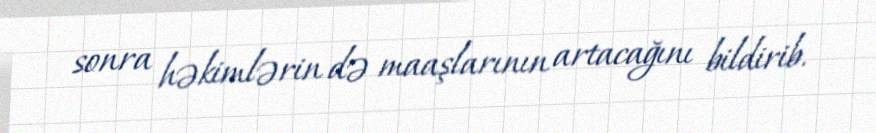
sonra həkimlərin də maaşlarının artacağını bildirib.